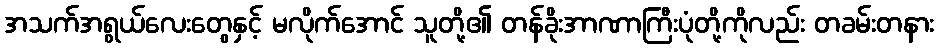
အသက်အရွယ်လေးတွေနှင့် မလိုက်အောင် သူတို့၏ တန်ခိုးအာဏာကြီးပုံတို့ကိုလည်း တခမ်းတနား